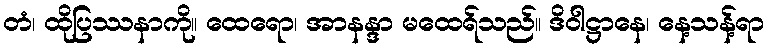
တံ၊ ထိုပြဿနာကို။ ထေရော၊ အာနန္ဒာ မထေရ်သည်။ ဒိဝါဋ္ဌာနေ၊ နေ့သန့်ရာ